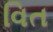
વિત